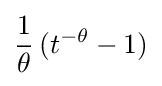
{\frac {1}{\theta }}\,(t^{-\theta }-1)